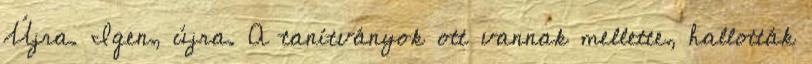
Újra. Igen, újra. A tanítványok ott vannak mellette, hallották